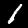
Label: 1